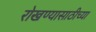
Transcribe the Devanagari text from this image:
रोखण्यासाठीच्या